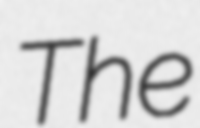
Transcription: The